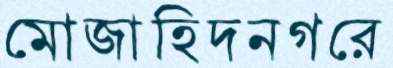
মোজাহিদনগরে